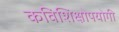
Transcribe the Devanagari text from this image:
कविशिक्षोपयोगी